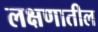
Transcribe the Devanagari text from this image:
लक्षणातील